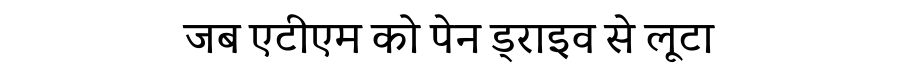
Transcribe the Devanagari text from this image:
जब एटीएम को पेन ड्राइव से लूटा